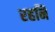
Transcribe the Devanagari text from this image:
रहनि